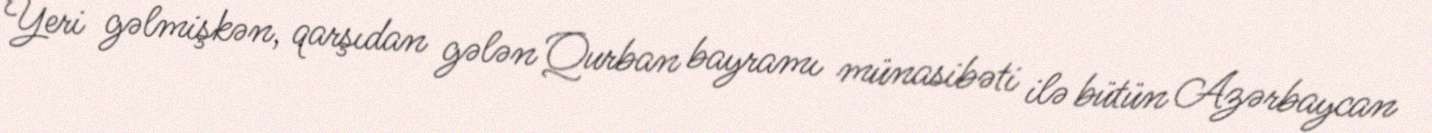
Yeri gəlmişkən, qarşıdan gələn Qurban bayramı münasibəti ilə bütün Azərbaycan